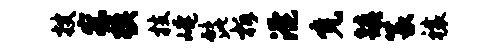
搜察模枝崦髭柝淹免镇篆禳